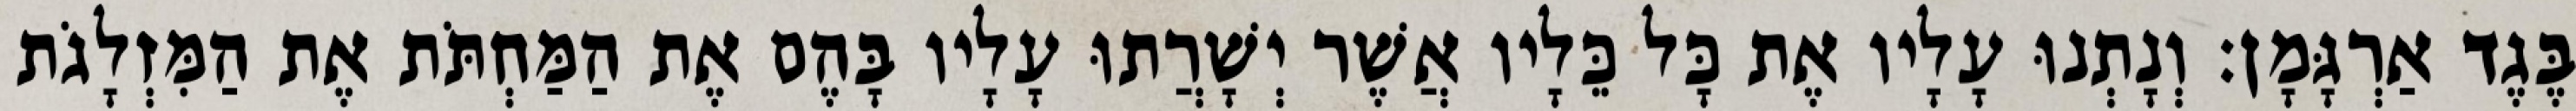
בֶּגֶד אַרְגָּמָן׃ וְנָתְנוּ עָלָיו אֶת כָּל כֵּלָיו אֲשֶׁר יְשָׁרֲתוּ עָלָיו בָּהֶם אֶת הַמַּחְתֹּת אֶת הַמִּזְלָגֹת